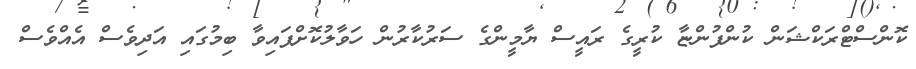
ކޮންސްޓްރަކްޝަން ކުންފުންޏާ ކުރީގެ ރައީސް ޔާމީންގެ ސަރުކާރުން ހަވާލުކޮށްފައިވާ ބިމުގައި އަދިވެސް އެއްވެސް